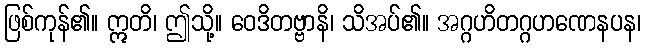
ဖြစ်ကုန်၏။ ဣတိ၊ ဤသို့။ ဝေဒိတဗ္ဗာနိ၊ သိအပ်၏။ အဂ္ဂဟိတဂ္ဂဟဏေနပန၊